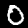
Label: 0